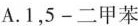
A.1，5-二甲苯